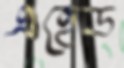
এহেড